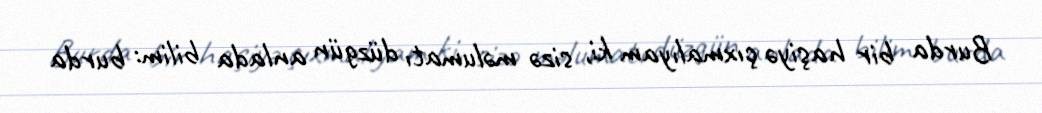
Burda bir haşiyə çıxmalıyam ki, sizə məlumatı düzgün anlada bilim: burda